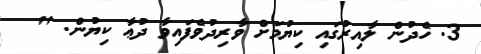
3. ހެދުން ލާއިރުގައި ކިޔުމަށް ވާރިދުވެފައިވާ ދުޢާ ކިޔުން. "